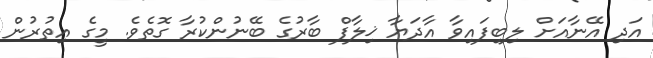
އަދި އޭނާއަށް ލިބިފައިވާ އާދަޔާ ޚިލާފް ބާރުގެ ބޭނުންކުރާ ގޮތެވެ. މީގެ އިތުރުން